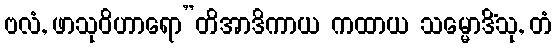
ဗလံ, ဖာသုဝိဟာရော”တိအာဒိကာယ ကထာယ သမ္မောဒိံသု, တံ